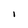
Character: 1